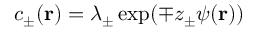
c _ { \pm } ( \mathbf { r } ) = \lambda _ { \pm } \exp ( \mp z _ { \pm } \psi ( \mathbf { r } ) )